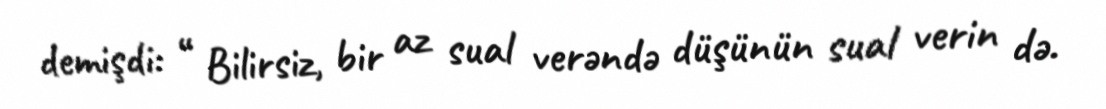
demişdi: “ Bilirsiz, bir az sual verəndə düşünün sual verin də.